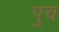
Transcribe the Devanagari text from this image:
पुच